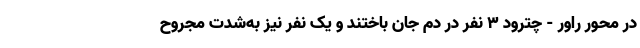
در محور راور - چترود ۳ نفر در دم جان باختند و یک نفر نیز به‌شدت مجروح